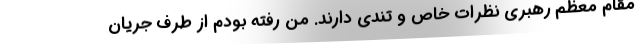
مقام معظم رهبری نظرات خاص و تندی دارند. من رفته بودم از طرف جریان